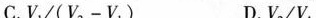
C.$$V _ { 1 } / ( V _ { 2 } - V _ { 1 } )$$ D.V_{2} V_{1}